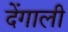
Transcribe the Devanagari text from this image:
देंगाली